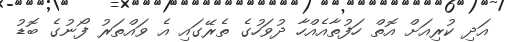
އަދި ކުރިއަށް އޮތް ހަފުތާއެއްހާ ދުވަހުގެ ތެރޭގައި އެ ވައްތަރު ފޯނުގެ ބޮޑު